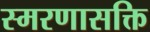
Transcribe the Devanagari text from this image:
स्मरणासक्ति